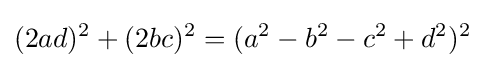
(2ad)^{2}+(2bc)^{2}=(a^{2}-b^{2}-c^{2}+d^{2})^{2}